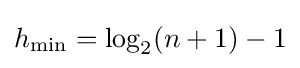
h_{\min }=\log _{2}(n+1)-1